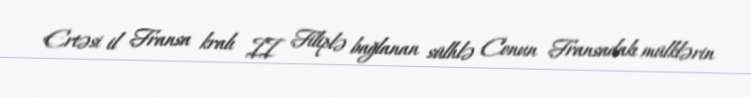
Ertəsi il Fransa kralı II Filiplə bağlanan sülhlə Conun Fransadakı mülklərin